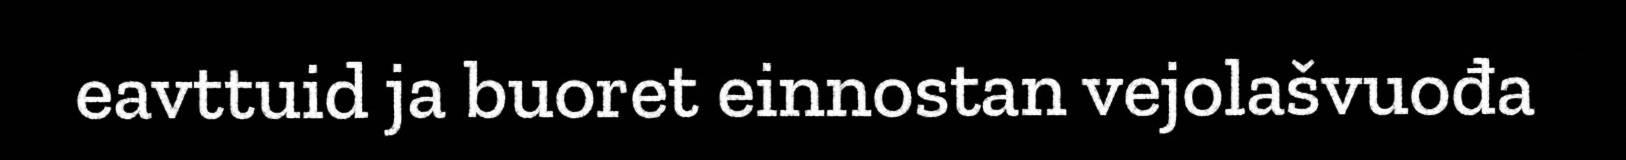
eavttuid ja buoret einnostan vejolašvuođa